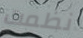
نظمت